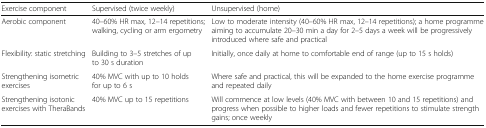
<table><thead><tr><td><b>Exercise component</b></td><td><b>Supervised (twice weekly)</b></td><td><b>Unsupervised (home)</b></td></tr></thead><tbody><tr><td>Aerobic component</td><td>40–60% HR max, 12–14 repetitions; walking, cycling or arm ergometry</td><td>Low to moderate intensity (40–60% HR max, 12–14 repetitions); a home programme aiming to accumulate 20–30 min a day for 2–5 days a week will be progressively introduced where safe and practical</td></tr><tr><td>Flexibility: static stretching</td><td>Building to 3–5 stretches of up to 30 s duration</td><td>Initially, once daily at home to comfortable end of range (up to 15 s holds)</td></tr><tr><td>Strengthening isometric exercises</td><td>40% MVC with up to 10 holds for up to 6 s</td><td>Where safe and practical, this will be expanded to the home exercise programme and repeated daily</td></tr><tr><td>Strengthening isotonic exercises with TheraBands</td><td>40% MVC up to 15 repetitions</td><td>Will commence at low levels (40% MVC with between 10 and 15 repetitions) and progress when possible to higher loads and fewer repetitions to stimulate strength gains; once weekly</td></tr></tbody></table>